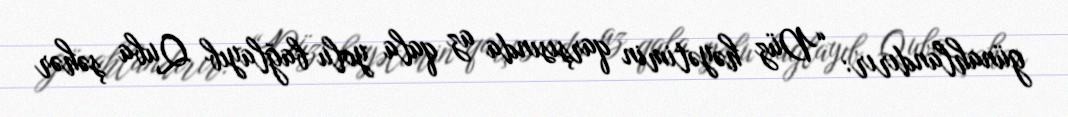
günahlandırır: “Düz həyətimin qarşısında az qala yolu bağlayıb Quba şəhər